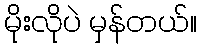
မိုးလိုပဲ မှန်တယ်။